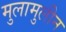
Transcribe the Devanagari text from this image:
मुलामुलीन